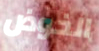
الخوض